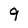
Character: 9